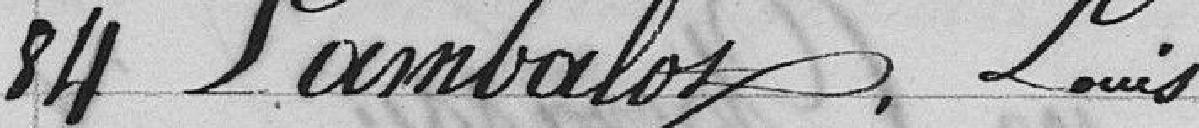
84 Lambalot, Louis